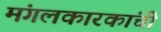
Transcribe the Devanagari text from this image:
मंगलकारकांची